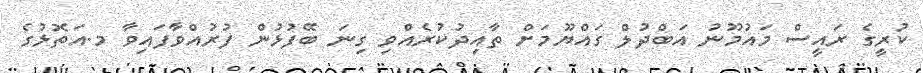
ކުރީގެ ރައީސް މައުމޫނު އަބްދުލް ގައްޔޫމަށް ތާއިދުކުރެއްވި ގިނަ ބޭފުޅުން ފުރުއްވާފައިވާ މ.އަތޮޅުގެ